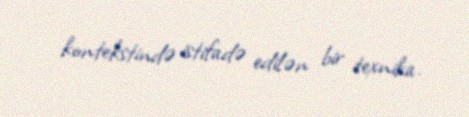
kontekstində istifadə edilən bir texnika.